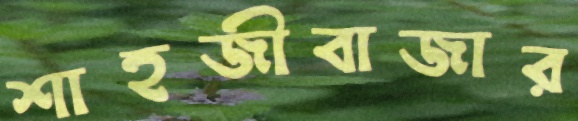
শাহজীবাজার